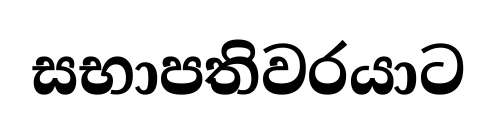
සභාපතිවරයාට